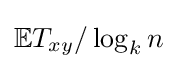
\mathbb {E} T_{xy}/\log _{k}n